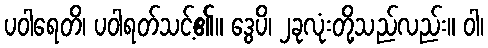
ပဝါရေတိ၊ ပဝါရတ်သင့်၏။ ဒွေပိ၊ ၂ခုလုံးတို့သည်လည်း။ ဝါ၊